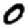
Digit: 0